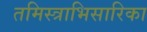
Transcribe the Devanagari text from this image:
तमिस्त्राभिसारिका